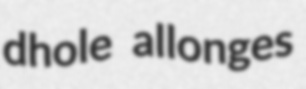
dhole allonges